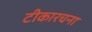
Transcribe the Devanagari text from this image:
टीकारचना